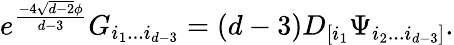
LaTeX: e^{\frac{-4\sqrt{d-2}\phi}{d-3}}G_{i_{1}...i_{d-3}}=(d-3)D_{[i_{1}}\Psi_{i_{2}...i_{d-3}]}.